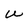
Character: U